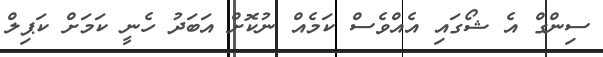
ސިންގް އެ ޝޯގައި އެއްވެސް ކަމެއް ނުކޮށް އަބަދު ހެނީ ކަމަށް ކަޕިލް